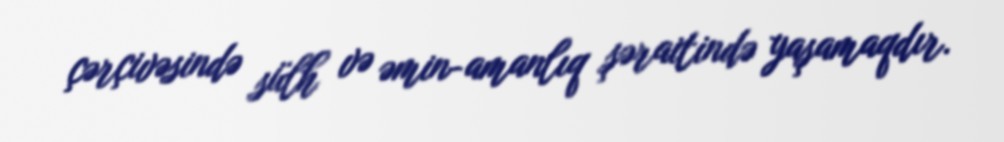
çərçivəsində sülh və əmin-amanlıq şəraitində yaşamaqdır.